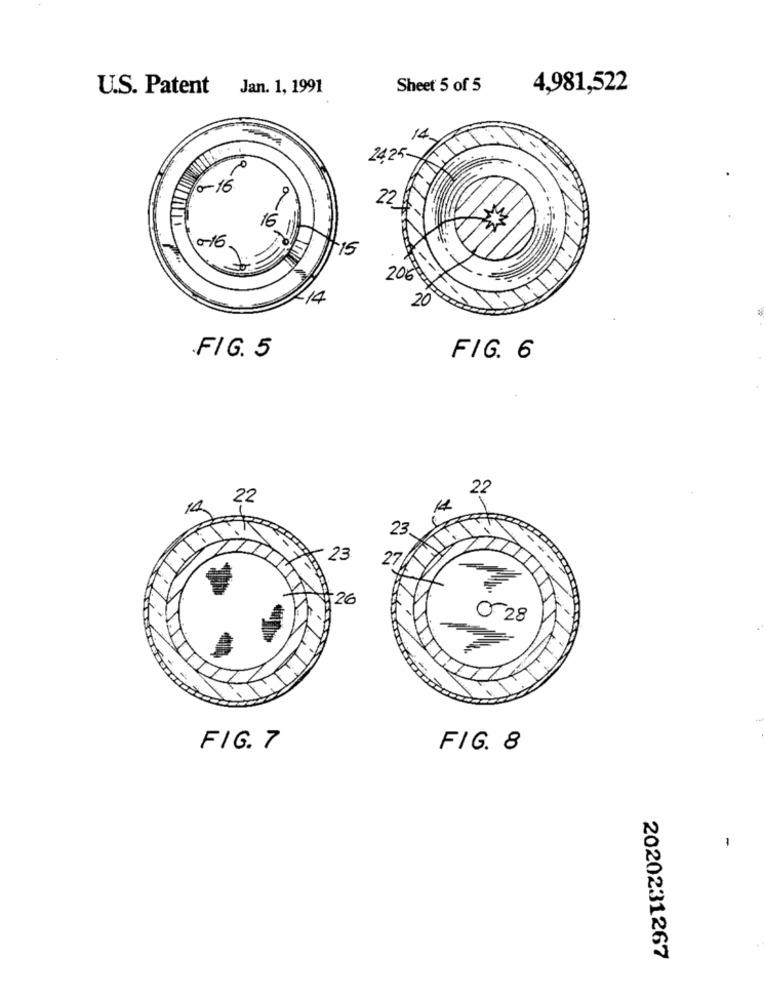
U.S. Patent Jan. 1, 1991
Sheet 5 of 5
4,981,522
2425-
0-16
22
16
0-16
+15
206
<14
20
.FIG. 5
FIG. 6
22
22
14
23
- 23
2
26
0-28
FIG. 7
FIG. 8
-
2020231267